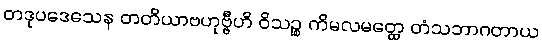
တဒုပဒေသေန တတိယာဗဟုဗ္ဗီဟိ ဝိသဉ္စ ကိမလမတ္ထေ တံသဘာဂတာယ